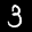
Label: 3